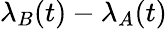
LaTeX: \lambda_{B}(t)-\lambda_{A}(t)